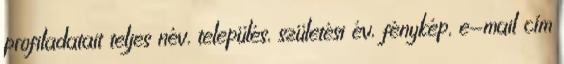
profiladatait teljes név, település, születési év, fénykép, e-mail cím